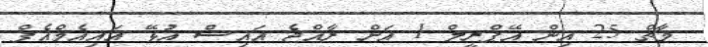
މާޗް 25 އިން އޭޕްރީލް 1 އަށް ރާއްޖެ އައިސް އުޅޭ އައިއެމްއެފް